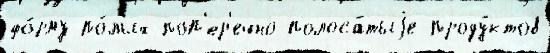
фо́рму по́лых поп'ер'ечно-полоса́тыjе проду́ктов